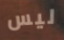
ليس